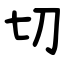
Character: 切